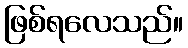
ဖြစ်ရလေသည်။